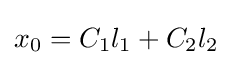
x_{0}=C_{1}l_{1}+C_{2}l_{2}